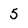
Character: 5